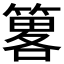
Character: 𥳂